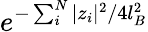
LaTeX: e^{-\sum_{i}^{N}|z_{i}|^{2}/4l_{B}^{2}}